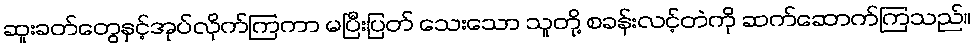
ဆူးခတ်တွေနှင့်အုပ်လိုက်ကြကာ မပြီးပြတ် သေးသော သူတို့ စခန်းလင့်တဲကို ဆက်ဆောက်ကြသည်။